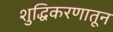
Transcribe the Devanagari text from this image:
शुद्धिकरणातून